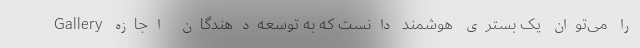
Gallery را می‌توان یک بستری هوشمند دانست که به توسعه‌دهندگان اجازه